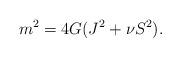
LaTeX: \begin{align*}m^2= 4G(J^2 + \nu S^2). \end{align*}